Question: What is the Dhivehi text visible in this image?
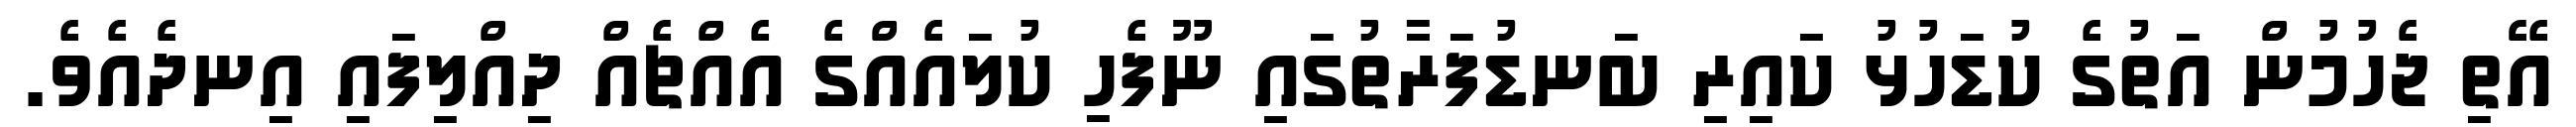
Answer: އޭތި ޖެހުމުން އަތުގެ ކުޑަހުޅު ކައިރި ބަނޑުފަރާތުގައި ނޫފެހި ކުލައެއްގެ އެއްޗެއް ދިއްލިފައި އިނދެއެވެ.